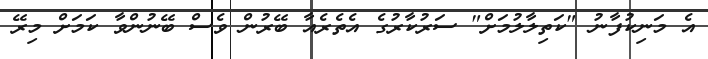
އެ މަނިކުފާނު "ކަތިލާލުމަށް" ސަރުކާރުގެ އެތެރެއާ ބޭރުން ވެސް ބޭނުންވާ ކަމަށް މިރޭ